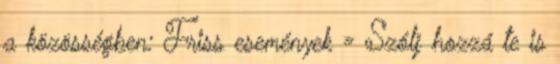
a közösségben: Friss események » Szólj hozzá te is